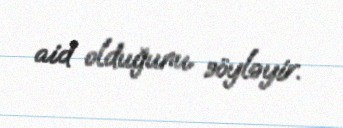
aid olduğunu söyləyir.